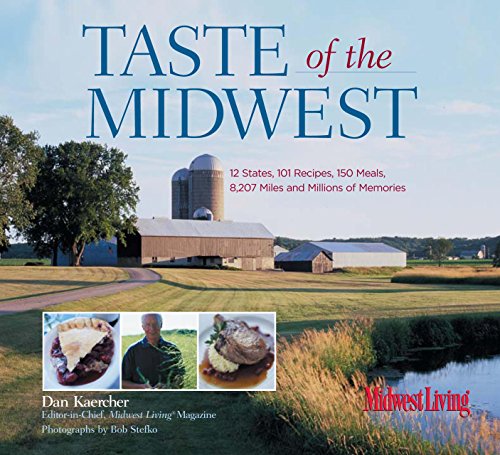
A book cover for Taste of the Midwest: 12 States, 101 Recipes, 150 Meals, 8,207 Miles and Millions of Memories (Best of the Midwest Book); Dan Kaercher; Cookbooks, Food & Wine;